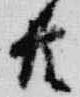
共